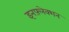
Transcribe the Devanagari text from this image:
इनफ़्लेक्शन